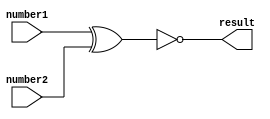
module equal_1bit(result,number1,number2);
input number1,number2;
output result;

xnor equal(result,number1,number2);
endmodule